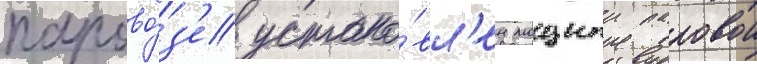
парово́з'е устано́вл'ен мощныи паровои